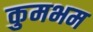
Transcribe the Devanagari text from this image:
कुमभम